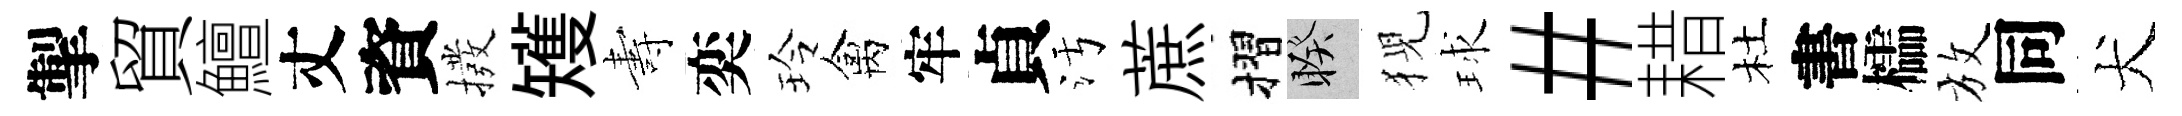
掣貿鱣丈資撥矱夀奕玲禽牢貞污蔗摺睽猊球#耤杜書櫺放同犬